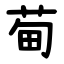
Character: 䓒